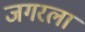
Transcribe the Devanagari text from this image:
जगरला